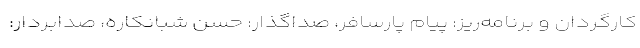
کارگردان و برنامه‌ریز: پیام پارسافر، صداگذار: حسن شبانکاره، صدابردار: